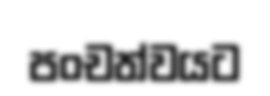
පංචත්වයට